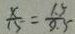
\frac { x } { 1 5 } = \frac { 1 . 5 } { 0 . 5 }